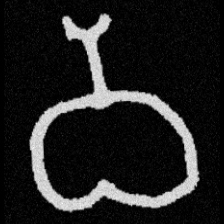
Pyu character \u2014 Myanmar letter: ဝ (romanized: wa)